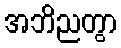
အဘိညတွာ